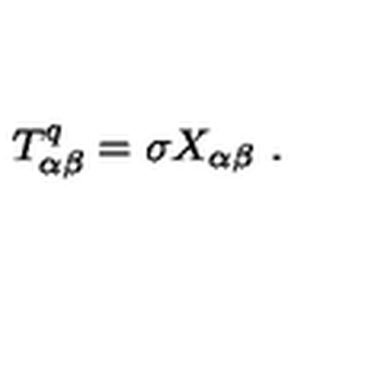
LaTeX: T _ { \alpha \beta } ^ { q } = \sigma X _ { \alpha \beta } \ .